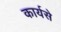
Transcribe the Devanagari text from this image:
कार्यसे